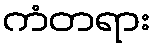
ကံတရား